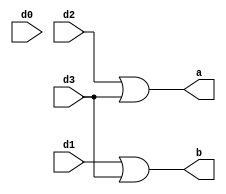
module encoderr(a,b,d0,d1,d2,d3);
output a,b;
input d0,d1,d2,d3;
or g1(a,d2,d3);
or g2(b,d1,d3);
endmodule